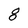
Character: 8